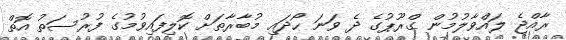
ރާއްޖެ ލައްވާލުމުން ގްރޫޕުގެ ދެ ވަނަ ހޯދައި މުބާރާތަށް ކޮލިފައިވުމުގެ ފުރުސަތު އޮތް